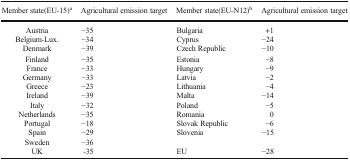
<table><thead><tr><td><b>Member state(EU-15)<sup>a</sup></b></td><td><b>Agricultural emission target</b></td><td><b>Member state(EU-N12)<sup>b</sup></b></td><td><b>Agricultural emission target</b></td></tr></thead><tbody><tr><td>Austria</td><td>−35</td><td>Bulgaria</td><td>+1</td></tr><tr><td>Belgium-Lux.</td><td>−34</td><td>Cyprus</td><td>−24</td></tr><tr><td>Denmark</td><td>−39</td><td>Czech Republic</td><td>−10</td></tr><tr><td>Finland</td><td>−35</td><td>Estonia</td><td>−8</td></tr><tr><td>France</td><td>−33</td><td>Hungary</td><td>−9</td></tr><tr><td>Germany</td><td>−33</td><td>Latvia</td><td>−2</td></tr><tr><td>Greece</td><td>−23</td><td>Lithuania</td><td>−4</td></tr><tr><td>Ireland</td><td>−39</td><td>Malta</td><td>−14</td></tr><tr><td>Italy</td><td>−32</td><td>Poland</td><td>−5</td></tr><tr><td>Netherlands</td><td>−35</td><td>Romania</td><td>0</td></tr><tr><td>Portugal</td><td>−18</td><td>Slovak Republic</td><td>−6</td></tr><tr><td>Spain</td><td>−29</td><td>Slovenia</td><td>−15</td></tr><tr><td>Sweden</td><td>−36</td><td></td><td></td></tr><tr><td>UK</td><td>-35</td><td>EU</td><td>−28</td></tr></tbody></table>